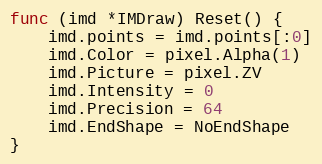
Language: Go
func (imd *IMDraw) Reset() {
	imd.points = imd.points[:0]
	imd.Color = pixel.Alpha(1)
	imd.Picture = pixel.ZV
	imd.Intensity = 0
	imd.Precision = 64
	imd.EndShape = NoEndShape
}